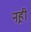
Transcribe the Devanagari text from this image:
नह़ी